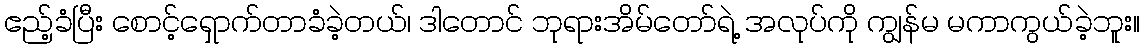
ဧည့်ခံပြီး စောင့်ရှောက်တာခံခဲ့တယ်၊ ဒါတောင် ဘုရားအိမ်တော်ရဲ့ အလုပ်ကို ကျွန်မ မကာကွယ်ခဲ့ဘူး။